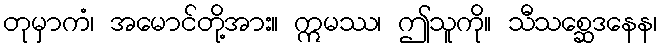
တုမှာကံ၊ အမောင်တို့အား။ ဣမဿ၊ ဤသူကို။ သီသစ္ဆေဒနေန၊